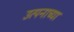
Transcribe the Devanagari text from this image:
उत्पनाच्या